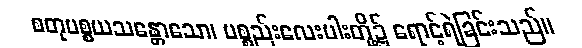
စတုပစ္စယသန္တောသော၊ ပစ္စည်းလေးပါးတို့၌ ရောင့်ရဲခြင်းသည်။